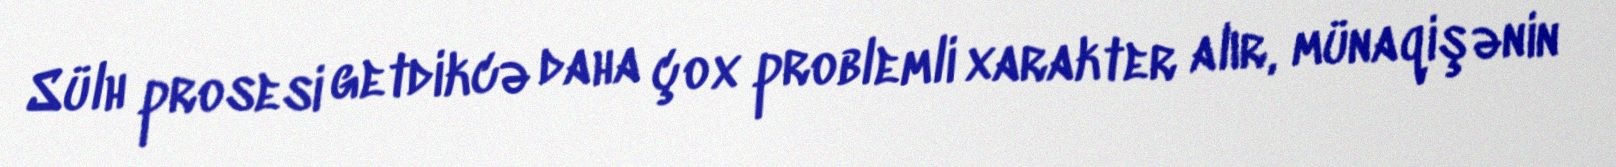
Sülh prosesi getdikcə daha çox problemli xarakter alır, münaqişənin